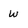
Character: W